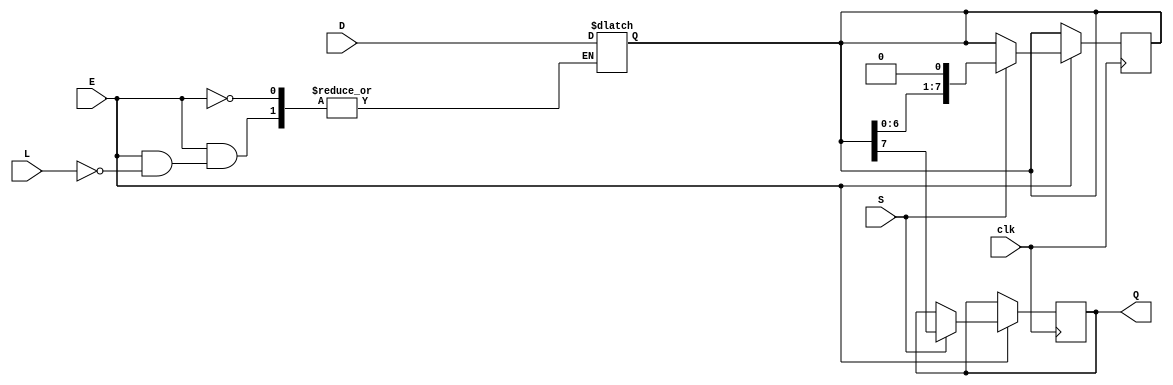
module PISO_Register (
    input wire [7:0] D,      // Parallel data input (8 bits)
    input wire L,            // Load signal (active high)
    input wire S,            // Shift signal (active high)
    input wire E,            // Enable signal (active high)
    output reg Q,            // Serial output
    input wire clk           // Clock input (for synchronous operations)
);

    reg [7:0] shift_reg;     // Internal shift register to hold data

    always @(*) begin
        if (E) begin
            if (L) begin
                // Load data into the shift register asynchronously
                shift_reg = D;
            end
        end
    end

    always @(posedge clk) begin
        if (E) begin
            if (S) begin
                // Shift data out serially
                Q <= shift_reg[7]; // Output the MSB
                shift_reg <= {shift_reg[6:0], 1'b0}; // Shift left
            end
        end
    end

endmodule